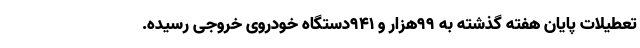
تعطیلات پایان هفته گذشته به ۹۹هزار و ۹۴۱دستگاه خودروی خروجی رسیده.